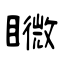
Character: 矀